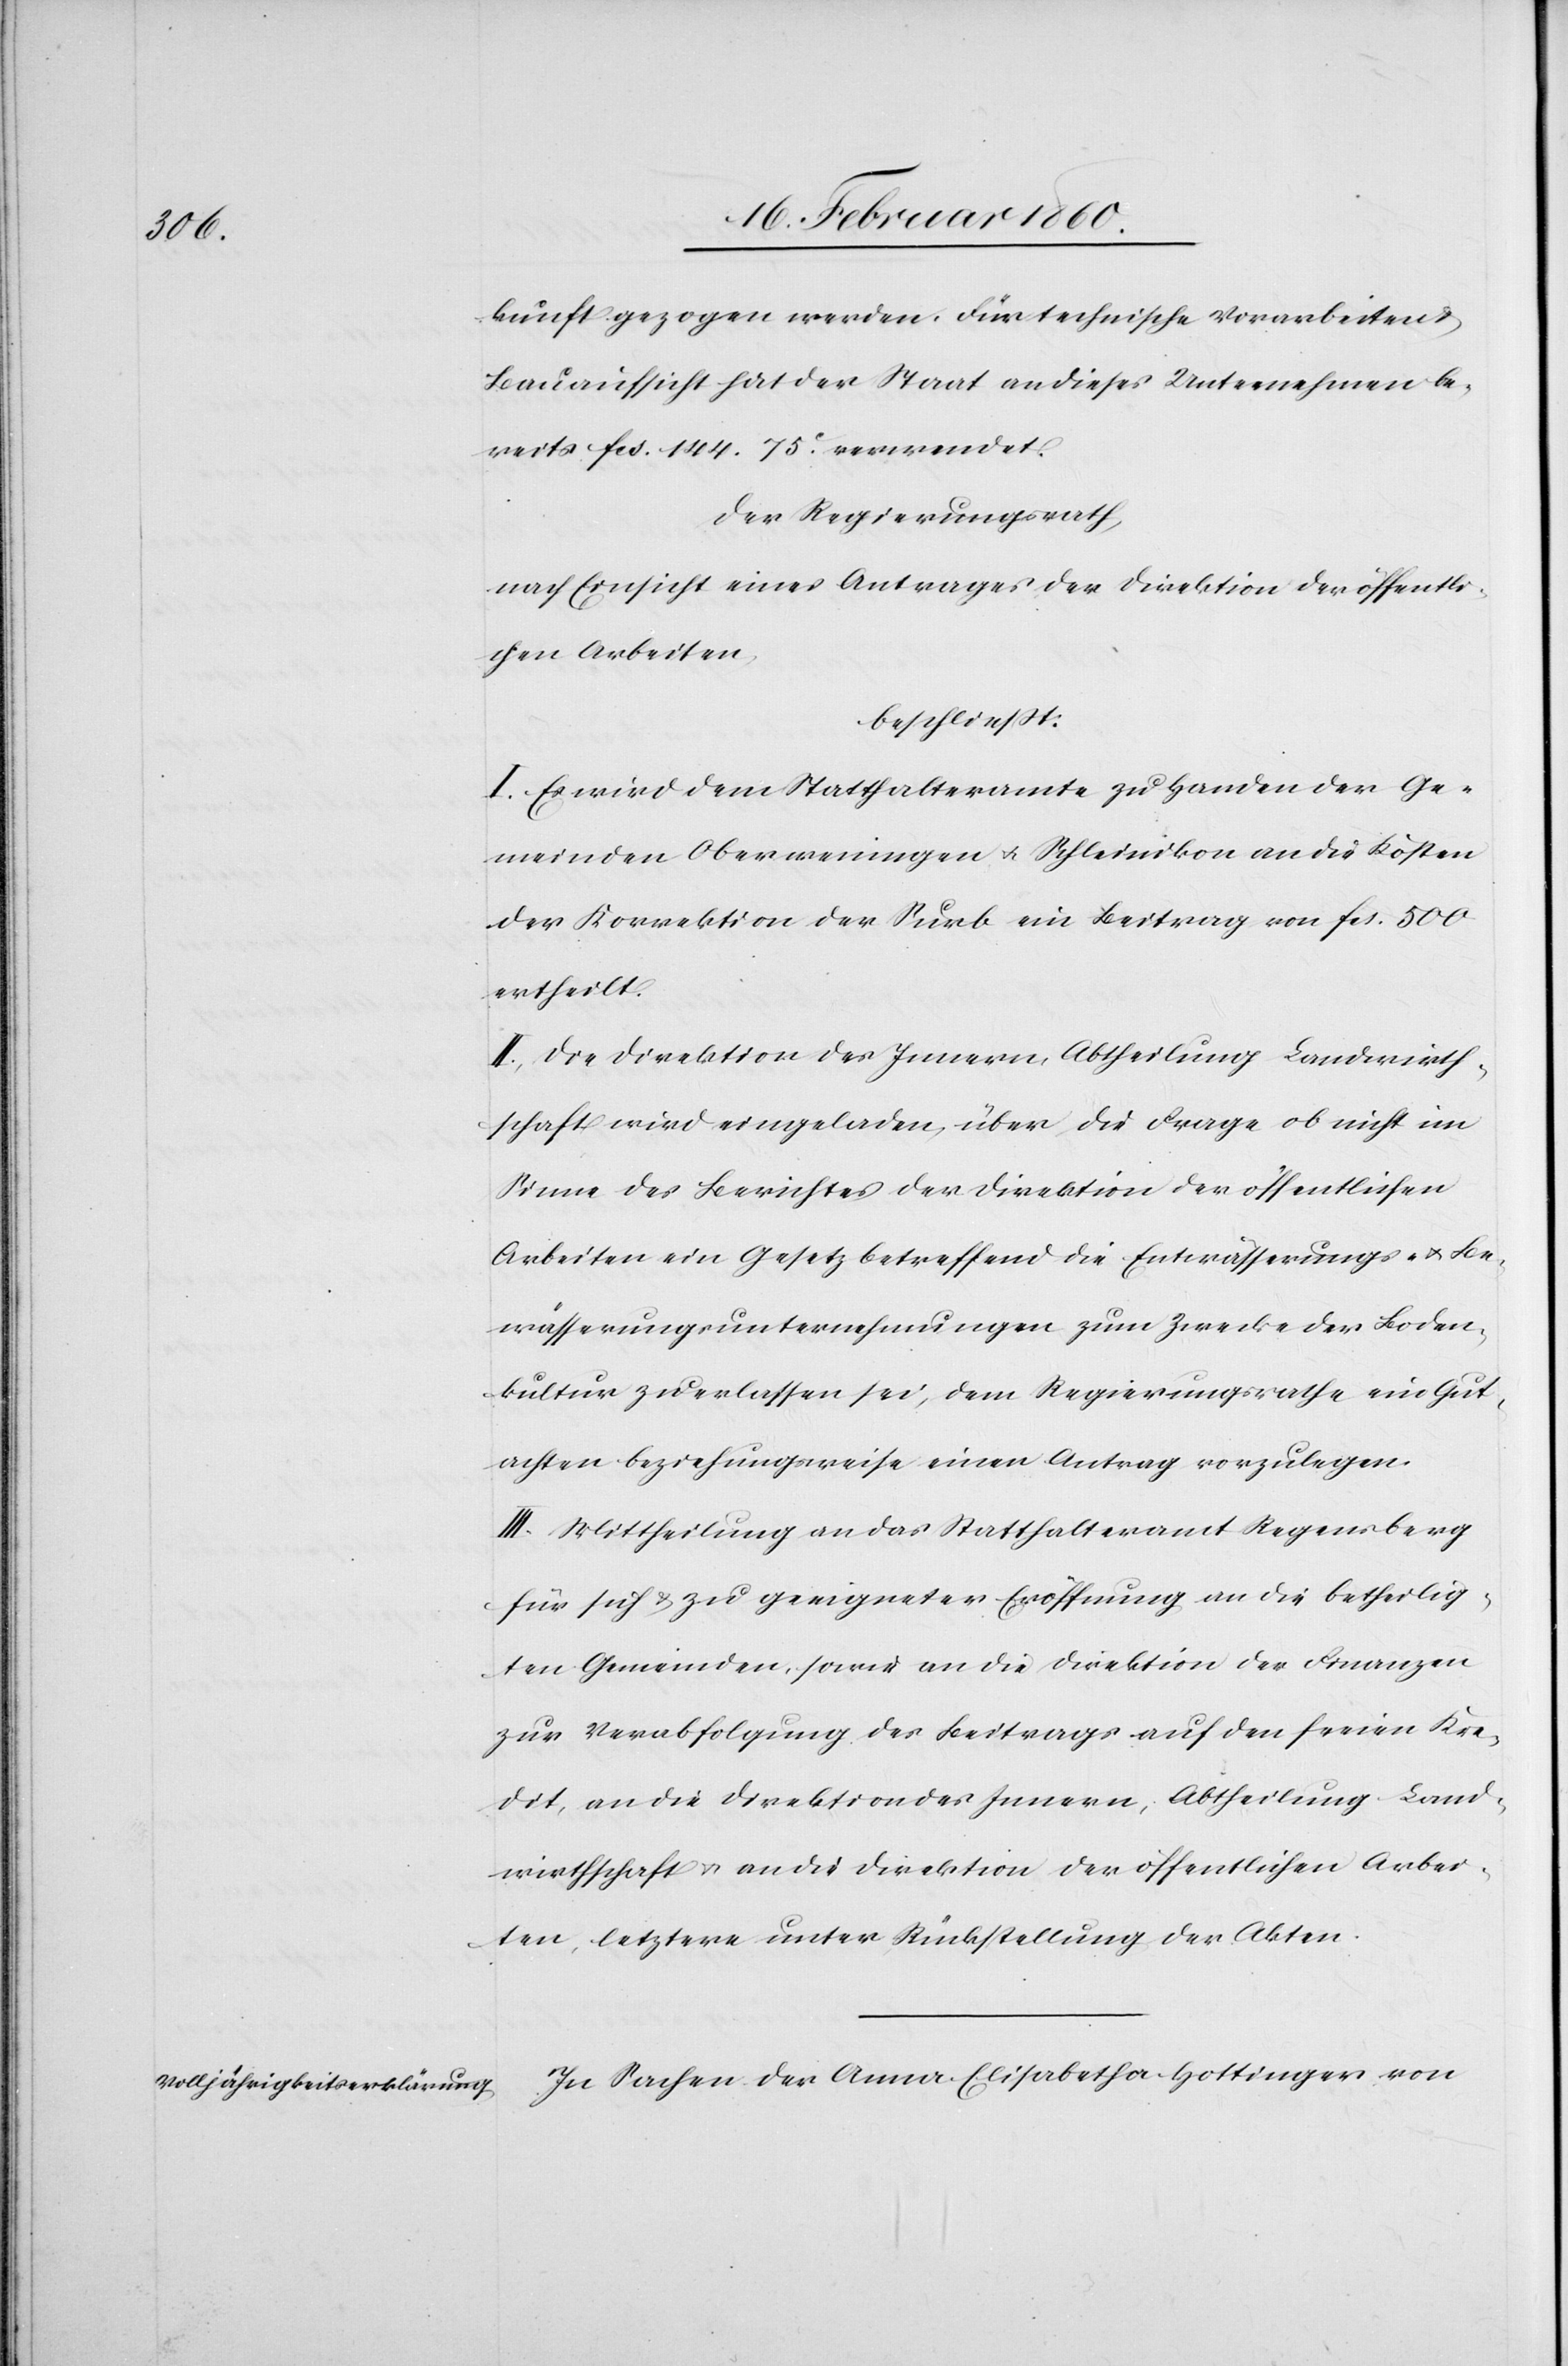
kunft gezogen werden. Für technische Vorarbeiten u.
Bauaufsicht hat der Staat an dieses Unternehmen be¬
reits fcs. 144 75C verwendet.
Der Regierungsrath,
nach Einsicht eines Antrages der Direktion der öffentli¬
chen Arbeiten,
beschliesst:
I. Es wird dem Statthalteramte zu Handen der Ge¬
meinden Oberweningen u. Schleinikon an die Kosten
der Korrektion der Surb ein Beitrag von fcs. 500
ertheilt.
II. Die Direktion des Innern, Abtheilung Landwirth¬
schaft wird eingeladen, über die Frage ob nicht im
Sinne des Berichtes der Direktion der öffentlichen
Arbeiten ein Gesetz betreffend die Entwässerungs- u. Be¬
wässerungsunternehmungen zum Zwecke der Boden¬
kultur zu erlassen sei, dem Regierungsrathe ein Gut¬
achten beziehungsweise einen Antrag vorzulegen.
III. Mittheilung an das Statthalteramt Regensberg
für sich u. zu geeigneter Eröffnung an die betheilig¬
ten Gemeinden, sowie an die Direktion der Finanzen
zur Verabfolgung des Beitrags auf den freien Kre¬
dit, an die Direktion des Innern, Abtheilung Land¬
wirthschaft u. an die Direktion der öffentlichen Arbei¬
ten, letztere unter Rückstellung der Akten.
In Sachen der Anna Elisabetha Hottinger von